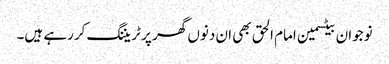
نوجوان بیٹسمین امام الحق بھی ان دنوں گھر پر ٹریننگ کررہے ہیں۔